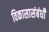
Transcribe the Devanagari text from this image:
विकासासंबंधी